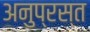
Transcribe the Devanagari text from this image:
अनुप्रस्त